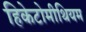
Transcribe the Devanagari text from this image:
हिकेटोमीथियम